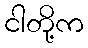
ငါတို့က